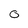
Character: 0